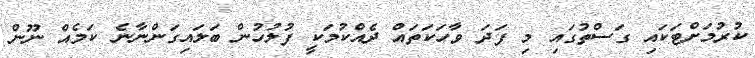
ކުރުމަށްޓަކައި ގަސްތުގައި މި ފަދަ ވާހަކަތައް ދެއްކުމަކީ ފުލުހުން ބަލައިގަންނާނެ ކަމެއް ނޫން